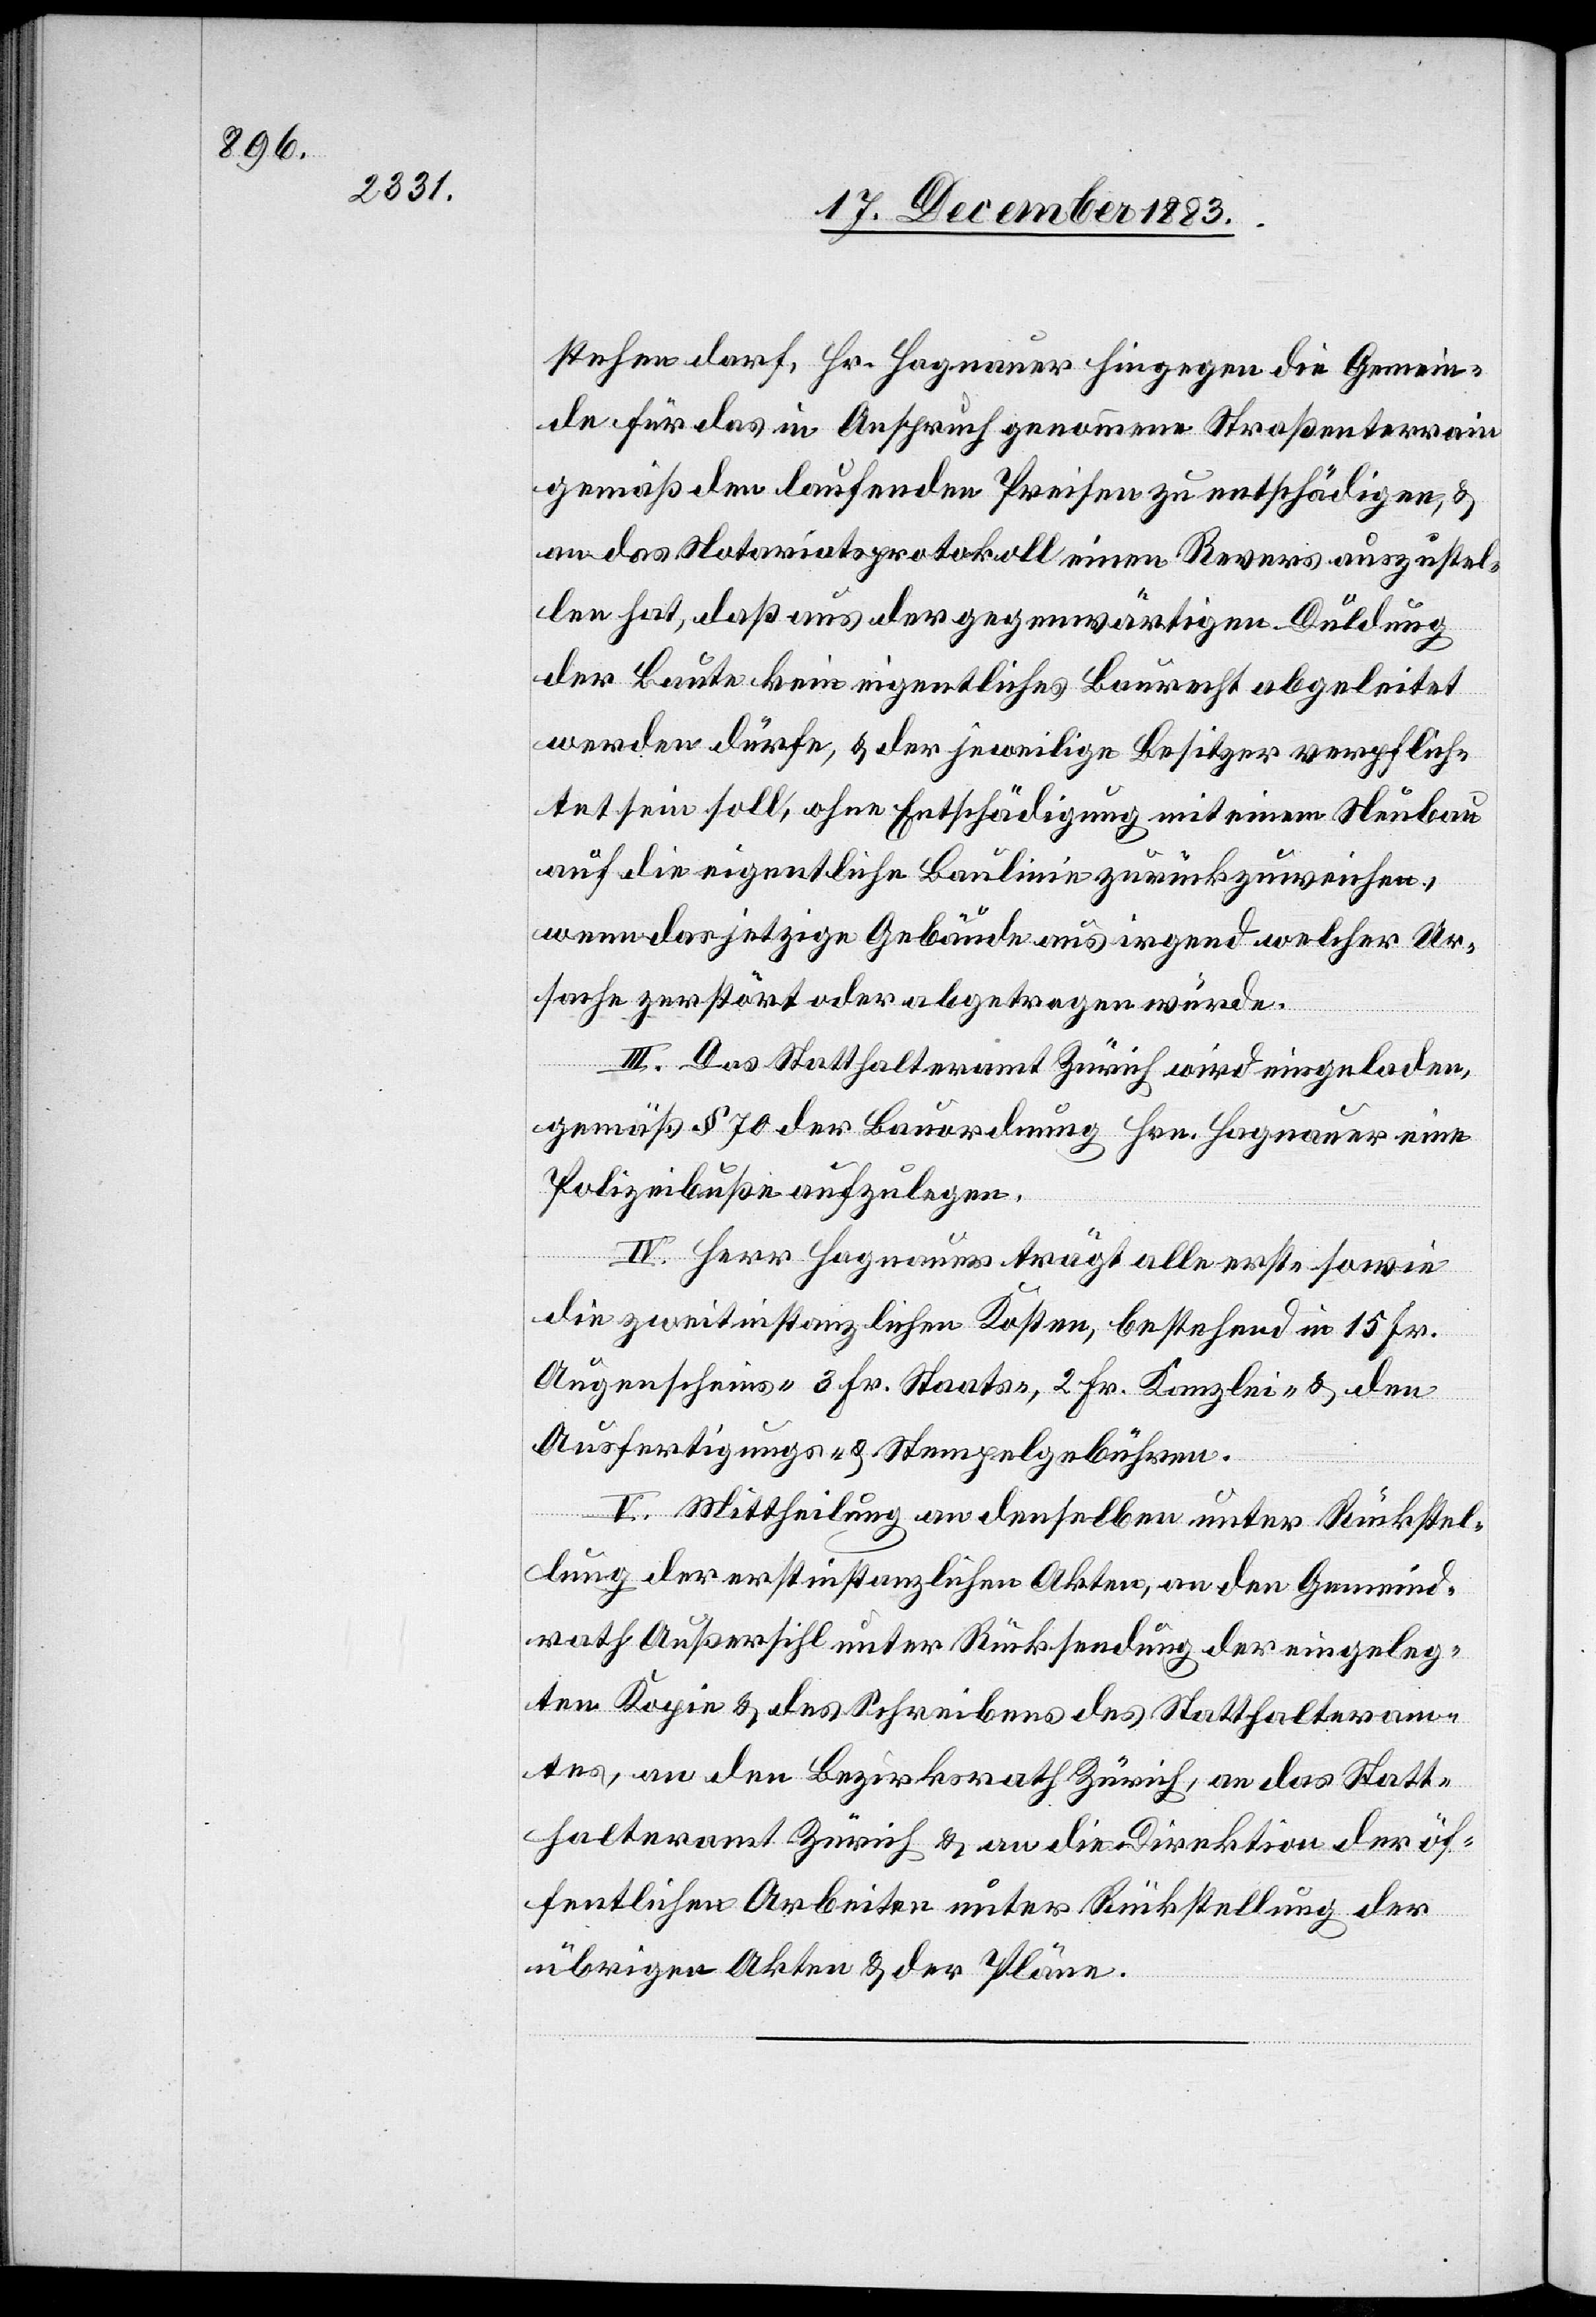
stehen darf, Hr. Hagnauer hingegen die Gemein¬
de für das in Anspruch genommene Straßenterrain
gemäß den laufenden Preisen zu entschädigen, &
an das Notariatsprotokoll einen Revers auszustel¬
len hat, daß aus der gegenwärtigen Duldung
der Baute kein eigentliches Baurecht abgeleitet
werden dürfe, & der jeweilige Besitzer verpflich¬
tet sein soll, ohne Entschädigung mit einem Neubau
auf die eigentliche Baulinie zurückzuweichen,
wenn das jetzige Gebäude aus irgend welcher Ur¬
sache zerstört oder abgetragen würde.
III. Das Statthalteramt Zürich wird eingeladen,
gemäß § 70 der Bauordnung Hrn. Hagnauer eine
Polizeibuße aufzulegen.
IV. Herr Hagnauer trägt alle ersten sowie
die zweitinstanzlichen Kosten, bestehend in 15 Fr.
Augenscheins- 3 Fr. Staats-, 2 Fr. Kanzlei- & den
Ausfertigungs- & Stempelgebühren.
V. Mittheilung an denselben unter Rückstel¬
lung der erstinstanzlichen Akten, an den Gemeind¬
rath Außersihl unter Rücksendung der eingeleg¬
ten Kopie & des Schreibens des Statthalteram¬
tes, an den Bezirksrath Zürich, an das Statt¬
halteramt Zürich & an die Direktion der öf¬
fentlichen Arbeiten unter Rückstellung der
übrigen Akten & der Pläne.